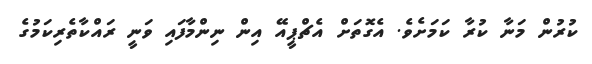
ކުރުން މަނާ ކުރާ ކަމަށެވެ. އެގޮތަށް އެޗްޕީއޭ އިން ނިންމާފައި ވަނީ ރައްކާތެރިކަމުގެ